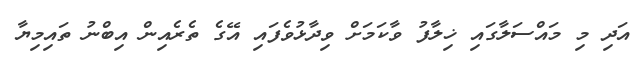
އަދި މި މައްސަލާގައި ޚިލާފު ވާކަމަށް ވިދާޅުވެފައި އޭގެ ތެރެއިން އިބްނު ތައިމިޔާ